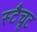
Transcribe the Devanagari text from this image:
स्टैचूट